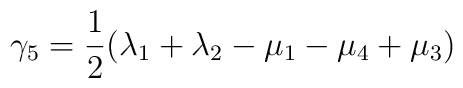
\gamma_5 = \frac{1}{2}(\lambda_1+\lambda_2-\mu_1-\mu_4+\mu_3)